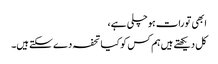
ابھی تو رات ہو چلی ہے،
کل دیکھتے ہیں ہم کس کو کیا تحفہ دے سکتے ہیں۔